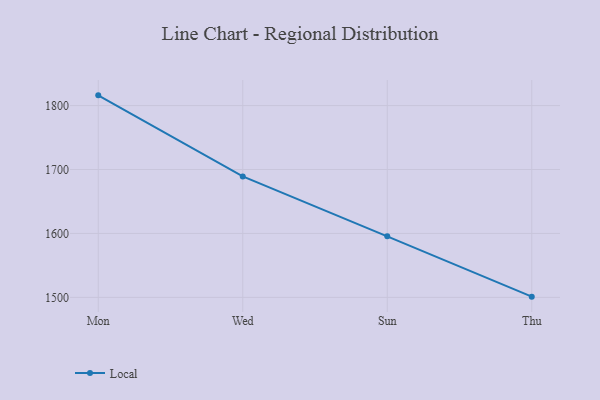
{"axis": {"x": "Day", "y": "Conversion Rate (%)"}, "legend": ["Local"], "data": [{"x": "Mon", "y": 1816.0, "type": "Local"}, {"x": "Wed", "y": 1689.2, "type": "Local"}, {"x": "Sun", "y": 1595.5, "type": "Local"}, {"x": "Thu", "y": 1501.1, "type": "Local"}]}